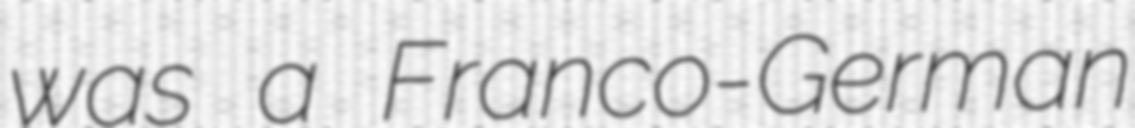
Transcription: was a Franco-German